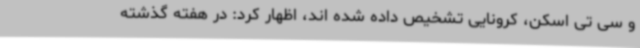
و سی تی اسکن، کرونایی تشخیص داده شده اند، اظهار کرد: در هفته گذشته